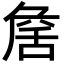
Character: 𦧕